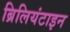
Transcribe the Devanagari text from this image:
ब्रिलियंटाइन